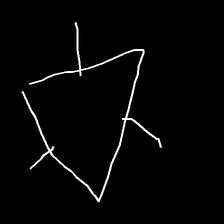
Glyph: fire